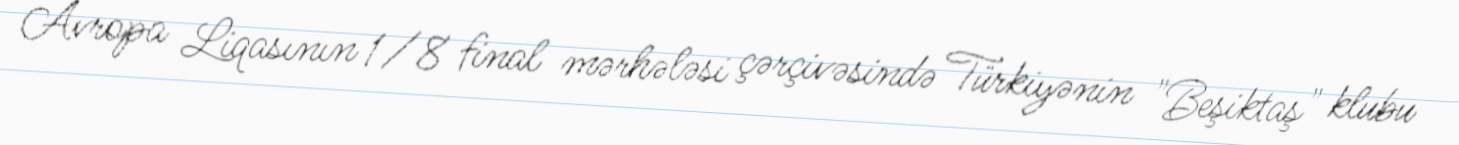
Avropa Liqasının 1/8 final mərhələsi çərçivəsində Türkiyənin "Beşiktaş" klubu